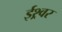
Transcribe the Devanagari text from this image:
ईश्र्वर